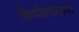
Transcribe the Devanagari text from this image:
किणकिणल्यागत